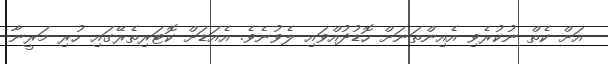
އަށް ކެތް ނުކުރެވި އެއިންތަނަށް ހޮޑުދުއްވައި ލެވުނެވެ. އެއަޑަށް ކޮޓަރިތެރޭގައި ހުރި މަރީނާ